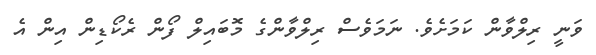
ވަނީ ރިލްވާން ކަމަށެވެ. ނަމަވެސް ރިލްވާންގެ މޮބައިލް ފޯން ރެކޯޑިން އިން އެ